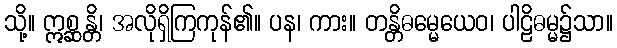
သို့။ ဣစ္ဆန္တိ၊ အလိုရှိကြကုန်၏။ ပန၊ ကား။ တန္တိဓမ္မေယေဝ၊ ပါဠိဓမ္မ၌သာ။